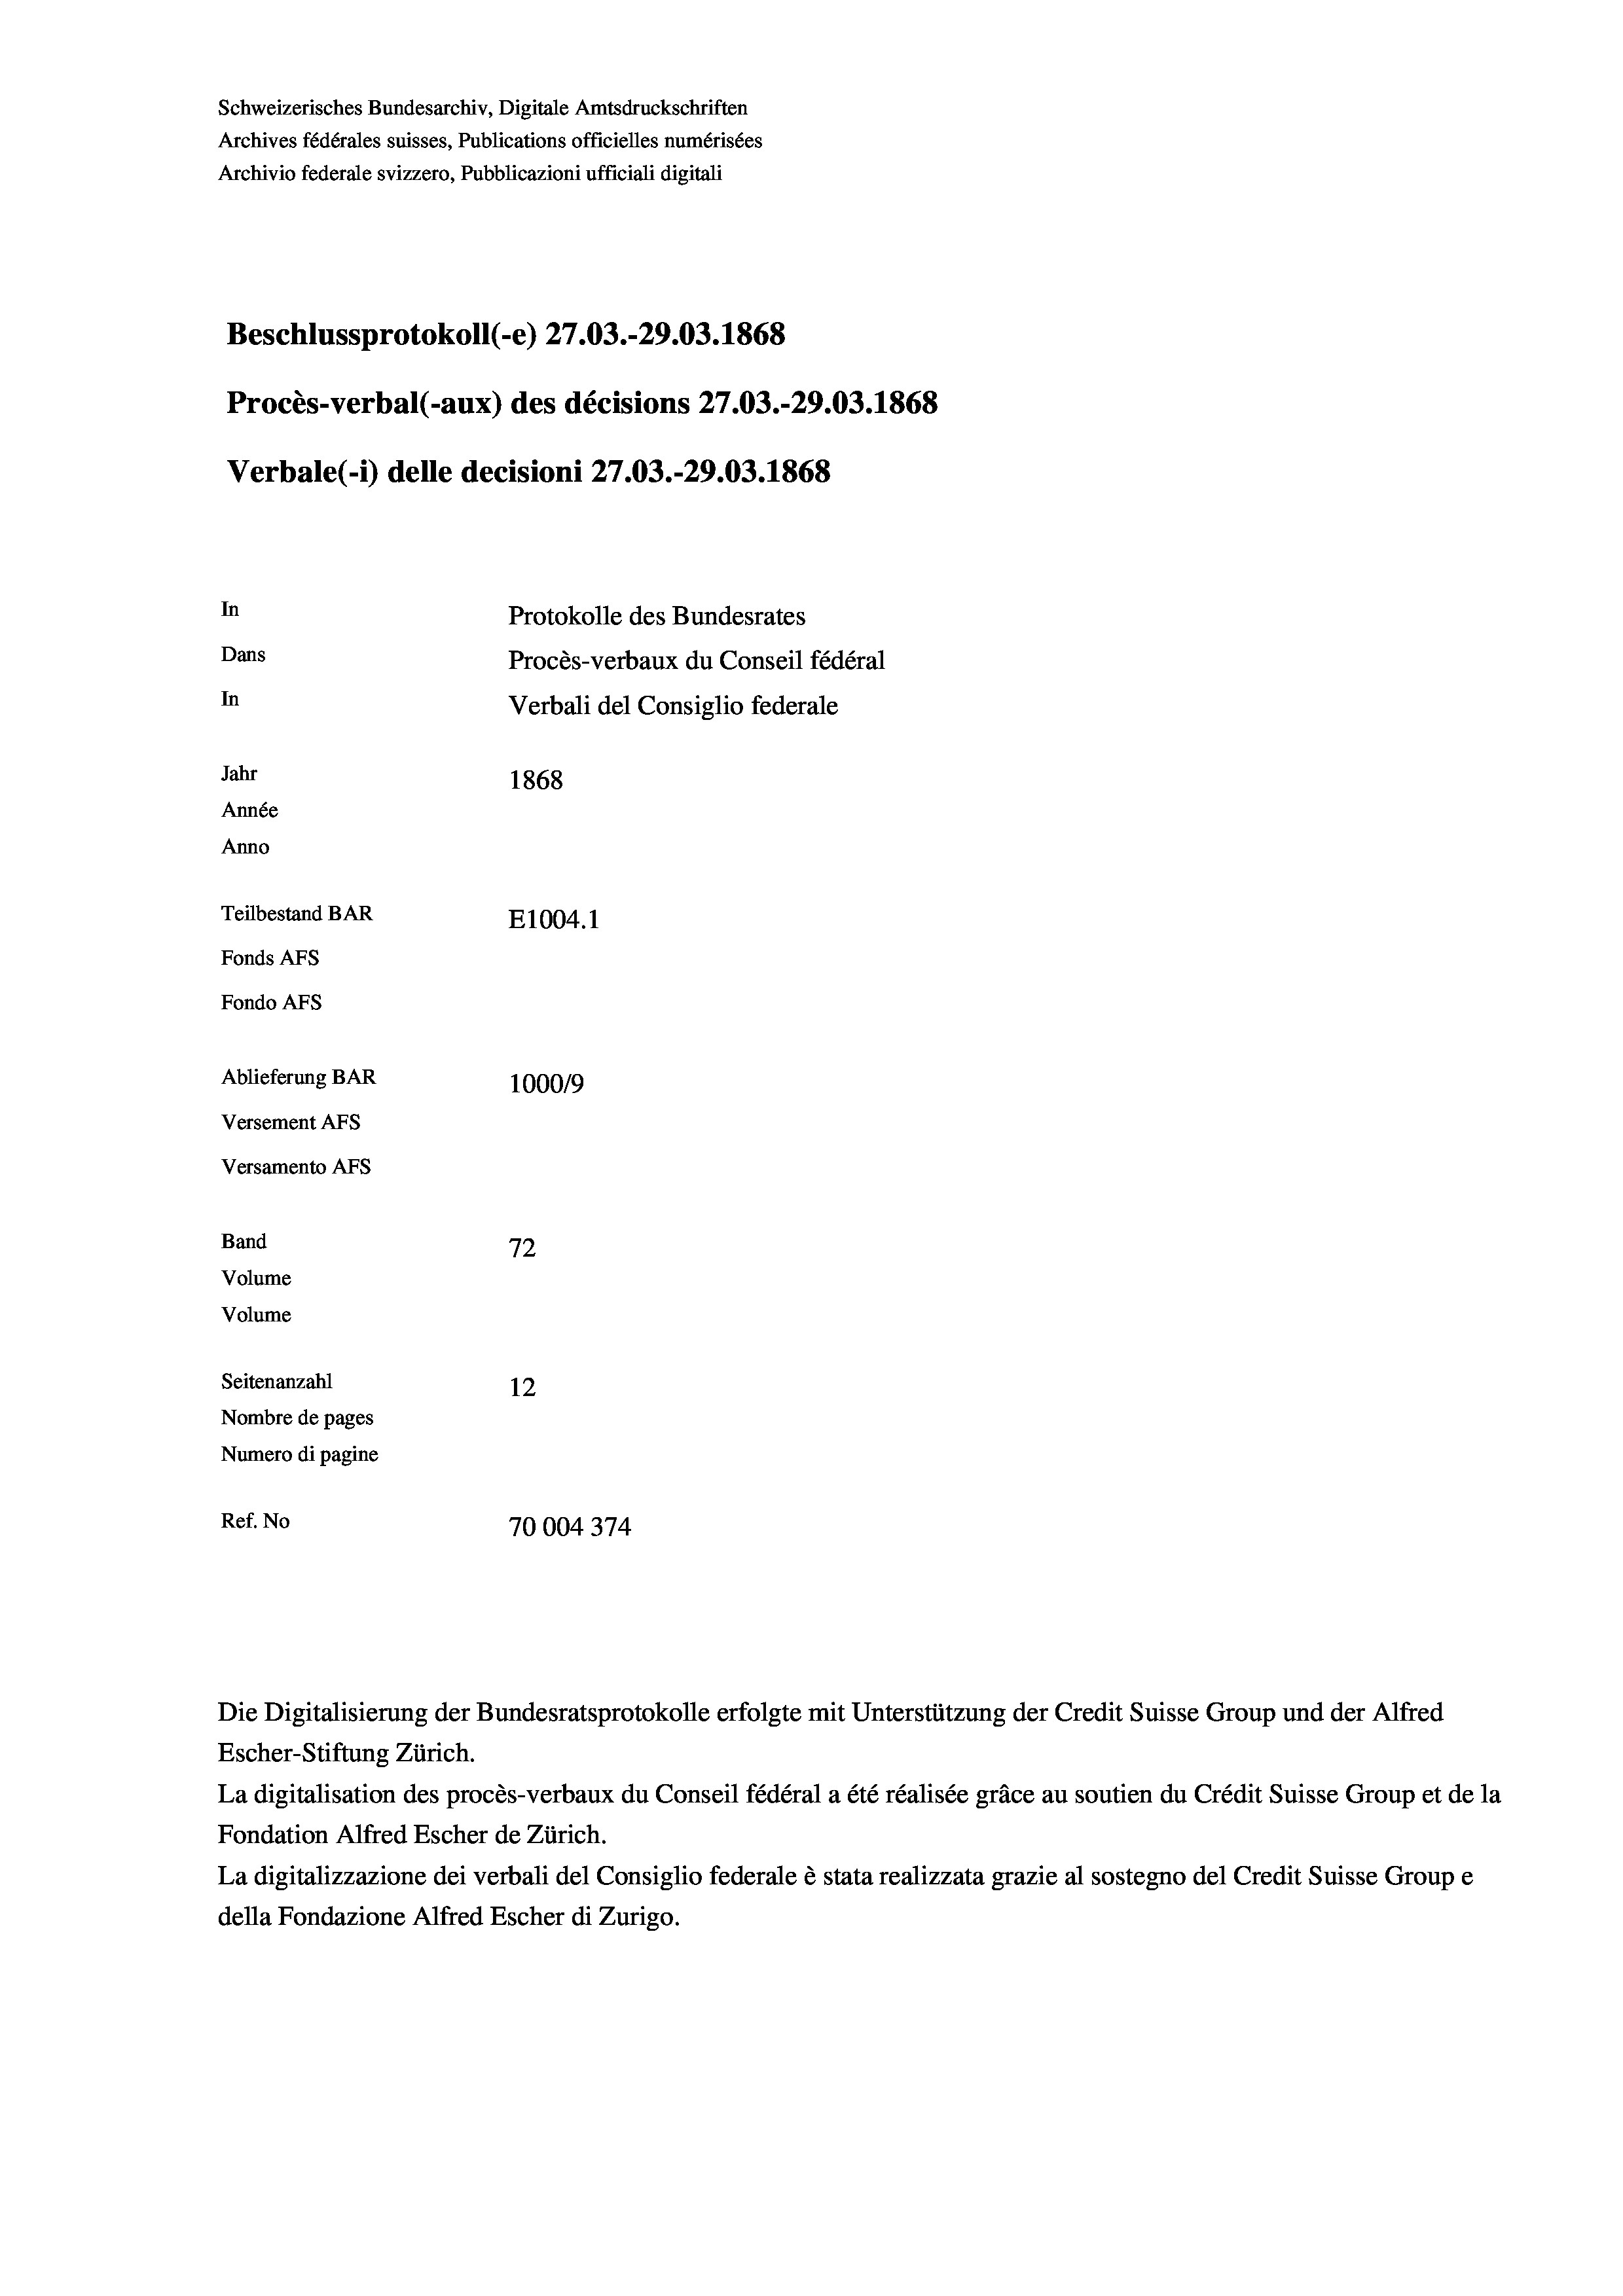
Schweizerisches Bundesarchiv, Digitale Amtsdruckschriften
Archives fédérales suisses, Publications officielles numérisées
Archivio federale svizzero, Pubblicazioni ufficiali digitali
Beschlussprotokoll (-e) 27.03.-29.03. 1868
Procès-verbal (-aux) des décisions 27.03.-29.03. 1868
Verbale(*) delle decisioni 27.03.-29.03. 1868
In
Protokolle des Bundesrates
Dans
Procès-verbaux du Conseil fédéral
In
Verbali del Consiglio federale
Jahr
1868
Année
Anno
Teilbestand BAR
E1004. 1
Fonds AFs
Fondo Afs
Ablieferung BAR
100019
Versement AFs
Versamento AFs
Band
72
Volume
Volume
Seitenanzahl
12
Nombre de pages
Numero di pagine

Ref. No
70004374

Escher-Stiftung Zürich.
La digitalisation des procès-verbaux du Conseil fédéral a été réalisée gräce au soutien du Crédit Suisse Group et de la
Fondation Alfred Escher de Zürich.
La digitalizzazione dei verbali del Consiglio federale è stata realizzata grazie al sostegno del Credit Suisse Groupe
della Fondazione Alfred Escher di Zurigo.

Die Digitalisierung der Bundesratsprotokolle erfolgte mit Unterstützung der Credit Suisse Group und der Alfred